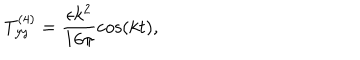
T _ { y y } ^ { ( 4 ) } = \frac { \epsilon k ^ { 2 } } { 1 6 \pi } \cos ( k t ) ,